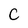
Character: c